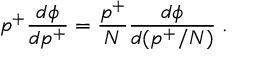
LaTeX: p ^ { + } \frac { d \phi } { d p ^ { + } } = \frac { p ^ { + } } { N } \frac { d \phi } { d ( p ^ { + } / N ) } \; .